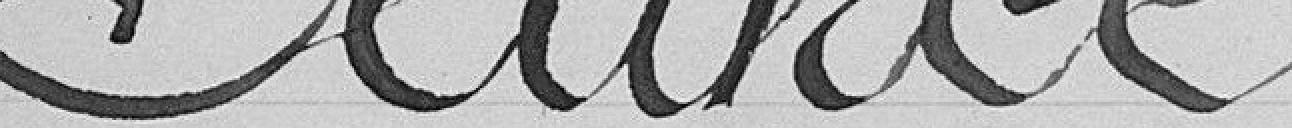
Séance